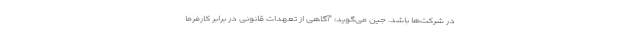
در شرکت‌ها باشد. جین می‌گوید: "آگاهی از تعهدات قانونی در برابر کارفرما